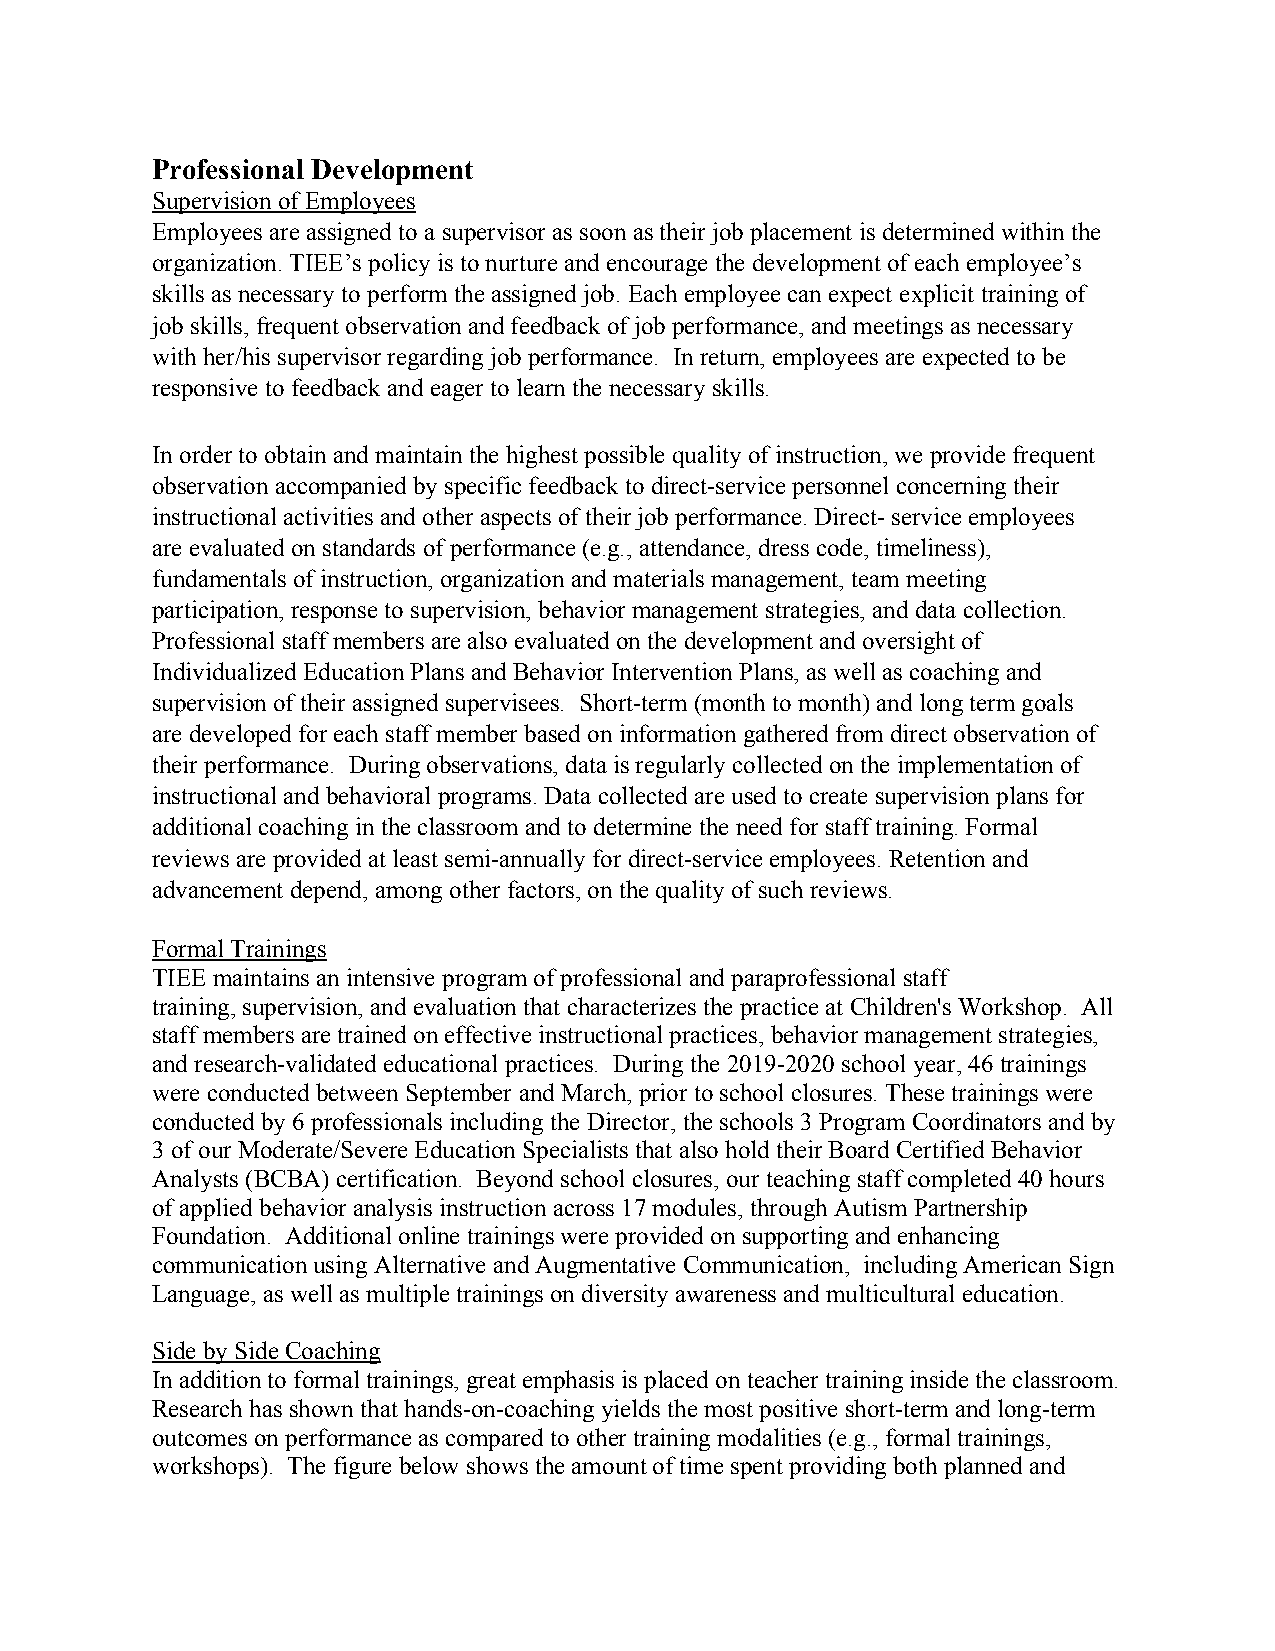
Professional Development
 Supervision of Employees
 Employees are assigned to a supervisor as soon as their job placement is determined within the
 organization. TIEE’s policy is to nurture and encourage the development of each employee’s
 skills as necessary to perform the assigned job. Each employee can expect explicit training of
 job skills, frequent observation and feedback of job performance, and meetings as necessary
 with her/his supervisor regarding job performance. In return, employees are expected to be
 responsive to feedback and eager to learn the necessary skills.
 In order to obtain and maintain the highest possible quality of instruction, we provide frequent
 observation accompanied by specific feedback to direct-service personnel concerning their
 instructional activities and other aspects of their job performance. Direct- service employees
 are evaluated on standards of performance (e.g., attendance, dress code, timeliness),
 fundamentals of instruction, organization and materials management, team meeting
 participation, response to supervision, behavior management strategies, and data collection.
 Professional staff members are also evaluated on the development and oversight of
 Individualized Education Plans and Behavior Intervention Plans, as well as coaching and
 supervision of their assigned supervisees. Short-term (month to month) and long term goals
 are developed for each staff member based on information gathered from direct observation of
 their performance. During observations, data is regularly collected on the implementation of
 instructional and behavioral programs. Data collected are used to create supervision plans for
 additional coaching in the classroom and to determine the need for staff training. Formal
 reviews are provided at least semi-annually for direct-service employees. Retention and
 advancement depend, among other factors, on the quality of such reviews.
 Formal Trainings
 TIEE maintains an intensive program of professional and paraprofessional staff
 training, supervision, and evaluation that characterizes the practice at Children's Workshop. All
 staff members are trained on effective instructional practices, behavior management strategies,
 and research-validated educational practices. During the 2019-2020 school year, 46 trainings
 were conducted between September and March, prior to school closures. These trainings were
 conducted by 6 professionals including the Director, the schools 3 Program Coordinators and by
 3 of our Moderate/Severe Education Specialists that also hold their Board Certified Behavior
 Analysts (BCBA) certification. Beyond school closures, our teaching staff completed 40 hours
 of applied behavior analysis instruction across 17 modules, through Autism Partnership
 Foundation. Additional online trainings were provided on supporting and enhancing
 communication using Alternative and Augmentative Communication, including American Sign
 Language, as well as multiple trainings on diversity awareness and multicultural education.
 Side by Side Coaching
 In addition to formal trainings, great emphasis is placed on teacher training inside the classroom.
 Research has shown that hands-on-coaching yields the most positive short-term and long-term
 outcomes on performance as compared to other training modalities (e.g., formal trainings,
 workshops). The figure below shows the amount of time spent providing both planned and